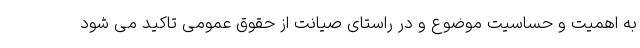
به اهمیت و حساسیت موضوع و در راستای صیانت از حقوق عمومی تاکید می شود